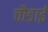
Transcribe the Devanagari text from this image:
चौङाई